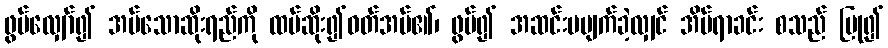
ဖွပ်လျှော်၍ အပ်သောဆိုးရည်ကို ထပ်ဆိုး၍ဝတ်အပ်၏၊ ဖွပ်၍ အဆင်းမပျက်ခဲ့လျှင် အိပ်ရာခင်း စသည် ပြု၍